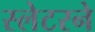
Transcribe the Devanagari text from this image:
स्लेटरने